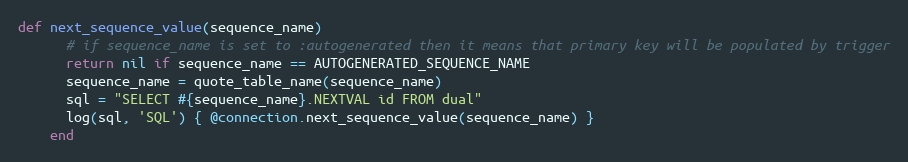
Language: Ruby
def next_sequence_value(sequence_name)
      # if sequence_name is set to :autogenerated then it means that primary key will be populated by trigger
      return nil if sequence_name == AUTOGENERATED_SEQUENCE_NAME
      sequence_name = quote_table_name(sequence_name)
      sql = "SELECT #{sequence_name}.NEXTVAL id FROM dual"
      log(sql, 'SQL') { @connection.next_sequence_value(sequence_name) }
    end